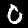
Digit: 0